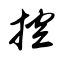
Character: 控